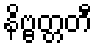
နိဗ္ဗတ္တတီ